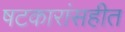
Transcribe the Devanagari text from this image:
षटकारांसहीत